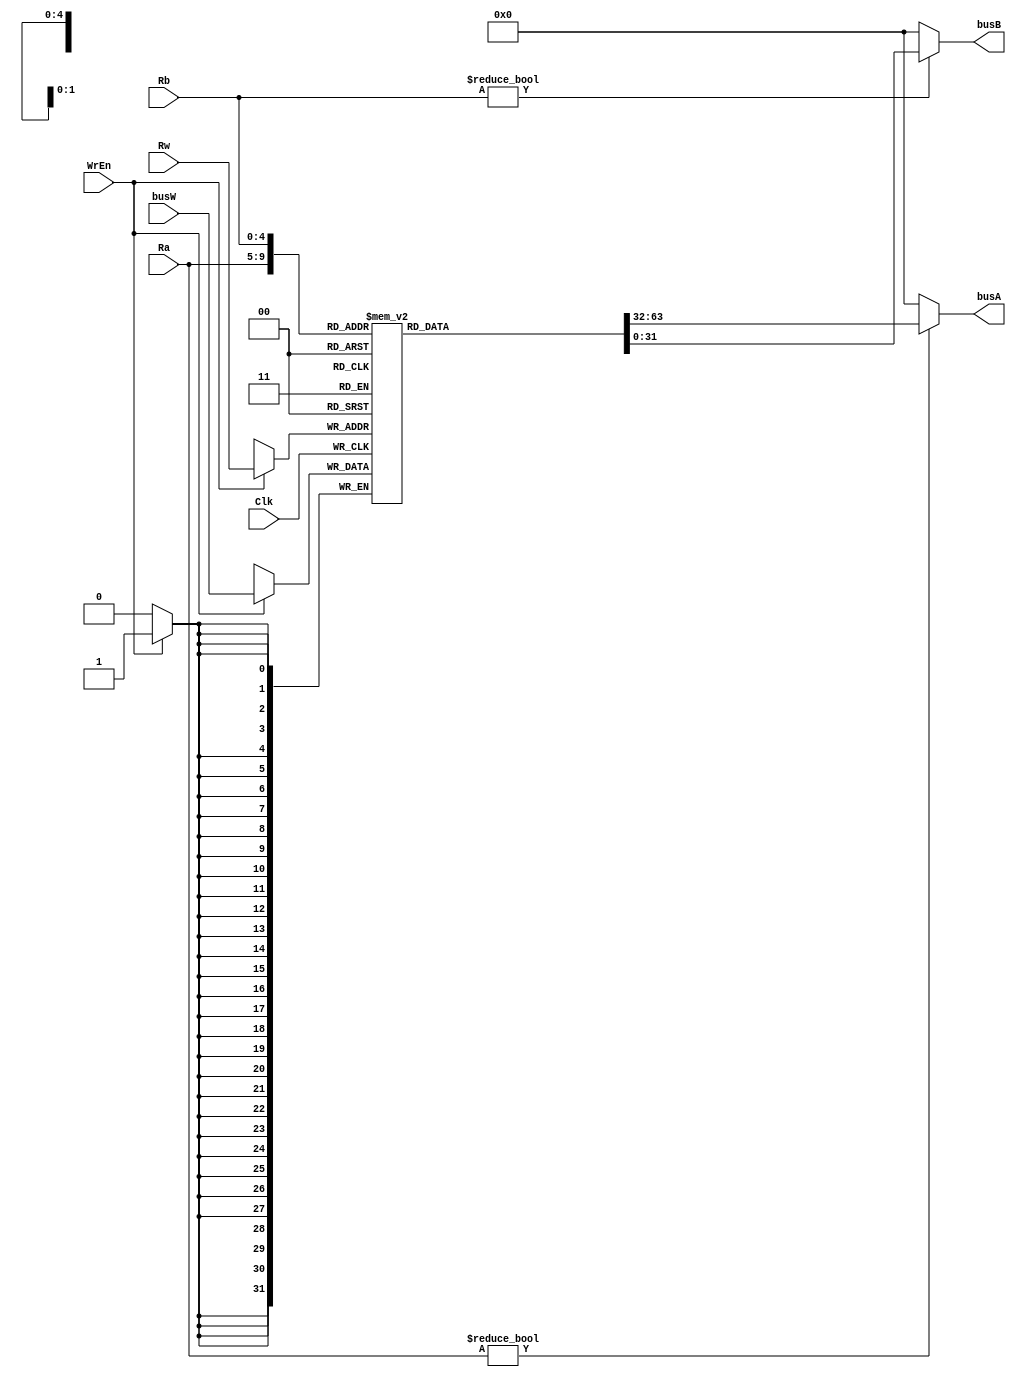

module rf(Clk,WrEn,Ra,Rb,Rw,busW,busA,busB);
	input Clk;
	input WrEn;
	input [4:0]Ra,Rb,Rw;
	input [31:0]busW;
	output [31:0]busA,busB;
	
	reg [31:0] R[0:31];
	
	initial begin
		R[8]  = 32'h0000_0001;
		R[11] = 32'h1111_1111;
		R[12] = 32'h0010_1010;

		R[18] = 32'h0000_000a;
		R[19] = 32'h0000_0002;
	end
	always @(posedge Clk)	
		if(WrEn) R[Rw] <= busW;	

	assign busA = (Ra != 0)? R[Ra]:0;
	assign busB = (Rb != 0)? R[Rb]:0;
endmodule